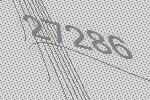
27286